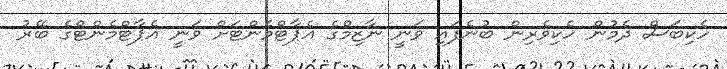
ހެކިބަސް ދެމުން ހެކިވެރިން ބުނެފައި ވަނީ ނާޒިމްގެ އެޕާޓްމެންޓަށް ވަނީ އެޕާޓްމެންޓްގެ ބޭރު